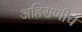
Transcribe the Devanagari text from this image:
अहिराणीच